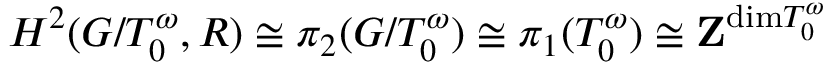
H ^ { 2 } ( G / T _ { 0 } ^ { \omega } , R ) \cong \pi _ { 2 } ( G / T _ { 0 } ^ { \omega } ) \cong \pi _ { 1 } ( T _ { 0 } ^ { \omega } ) \cong { \bf Z } ^ { \mathrm { d i m } T _ { 0 } ^ { \omega } }